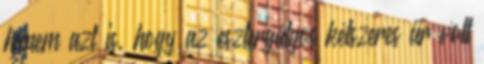
hanem azt is, hogy az esztergályos kétszeres úr volt